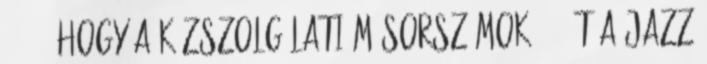
66%. , hogy a közszolgálati műsorszámok 40%-át a Jazz